Mental hospitals Bombay report 1929-33 - 1929-1933
Year: 1929
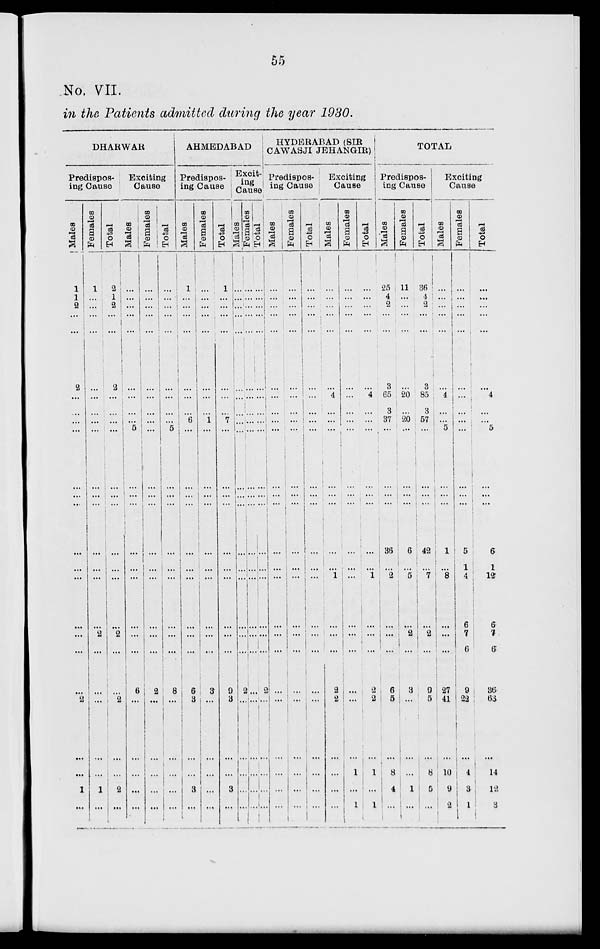
55
No. VII.
in the Patients admitted during the year 1980.
DHARWAR
Predispos-
ing Cause
Males
1
1
2
...
...
2
...
...
...
...
...
...
...
...
...
...
...
...
...
...
2
...
...
1
...
Females
1
...
...
...
...
...
...
...
...
...
...
...
...
...
...
...
...
2
...
...
...
...
...
1
...
Total
2
1
2
...
...
2
...
...
...
...
...
...
...
...
...
...
...
2
...
...
2
...
...
2
...
Exciting
Cause
Males
...
...
...
...
...
...
...
...
...
5
...
...
...
...
...
...
...
...
...
6
...
...
...
...
...
Females
...
...
...
...
...
...
...
...
...
...
...
...
...
...
...
...
...
...
...
2
...
...
...
...
...
Total
...
...
...
...
...
...
...
...
...
5
...
...
...
...
...
...
...
...
...
8
...
...
...
...
...
AHMEDABAD
Predispos-
ing Cause
Males
1
...
...
...
...
...
...
...
6
...
...
...
...
...
...
...
...
...
...
6
3
...
...
3
...
Females
...
...
...
...
...
...
...
...
1 ...
...
...
...
...
...
...
...
...
...
3
...
...
...
...
...
Total
1
...
...
...
...
...
...
...
7
...
...
...
...
...
...
...
...
...
...
9
3
...
...
3
...
Excit-
ing Cause
Males
...
...
...
...
...
...
...
...
...
...
...
...
...
...
...
...
...
...
...
2
...
...
...
...
...
Females
...
...
...
...
...
...
...
...
...
...
...
...
...
...
...
...
...
...
...
...
...
...
...
...
...
Total
...
...
...
...
...
...
...
...
...
...
...
...
...
...
...
...
...
...
...
2
...
...
...
...
...
HYDERABAD (SIR
CAWASJI JEHANGIR)
Predispos-
ing Cause
Males
...
...
...
...
...
...
...
...
...
...
...
...
...
...
...
...
...
...
...
...
...
...
...
...
...
Females
...
...
...
...
...
...
...
...
...
...
...
...
...
...
...
...
...
...
...
...
...
...
...
...
...
Total
...
...
...
...
...
...
...
...
...
...
...
...
...
...
...
...
...
...
...
...
...
...
...
...
...
Exciting
Cause
Males
...
...
...
...
...
...
4
...
...
...
...
...
...
...
...
1
...
...
...
2
2
...
...
...
...
Females
...
...
...
...
...
...
...
...
...
...
...
...
...
...
...
...
...
...
...
...
...
...
1
...
1
Total
...
...
...
...
...
...
4
...
...
...
...
...
...
...
...
1
...
...
...
2
2
...
1
...
1
TOTAL
Predispos-
ing Cause
Males
25
4
2
...
...
3
65
3
37
...
...
...
...
36
...
2
...
...
...
6
5
...
8
4
...
Females
11
...
...
...
...
...
20
20
...
...
..
...
6
...
5
...
2
...
3
...
...
...
1
...
Total
36
4
2
...
...
3
85
3
57
...
...
...
42
...
7
...
2
...
9
5
...
8
5
...
Exciting
Cause
Males
...
...
...
...
...
...
4
...
...
5
...
...
...
1
...
8
...
...
...
27
41
...
10
9
2
Females
...
...
...
...
...
...
...
...
...
...
...
...
...
5
1
4
6
7
6
9
22
...
4
3
1
Total
...
...
...
...
...
...
4
...
...
5
...
...
...
6
1
12
6
7
6
36
63
...
14
12
3